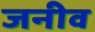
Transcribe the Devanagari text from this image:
जनीव